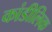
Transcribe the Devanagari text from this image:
कांडीलिक